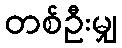
တစ်ဦးမျှ